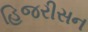
હિજરીસન